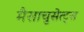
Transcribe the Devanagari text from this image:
मैसाचुसेत्ट्स